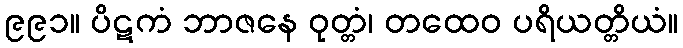
၉၉၁။ ပိဋကံ ဘာဇနေ ဝုတ္တံ၊ တထေဝ ပရိယတ္တိယံ။